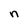
Character: n